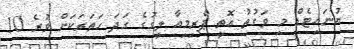
ޔުނައިޓެޑް މި ވަގުތު އޮތީ ޕްރިމިއާ ލީގުގެ ގަދަ ހަތަރަކަށް ވުރެ 10